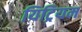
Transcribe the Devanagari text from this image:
यिट्रियम